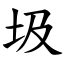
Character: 圾